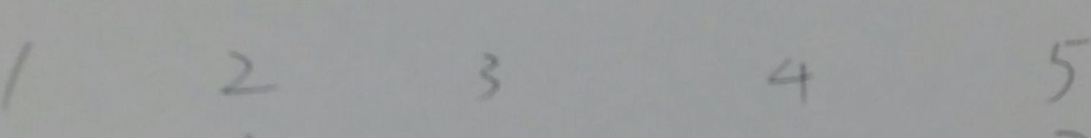
1 2 3 4 5